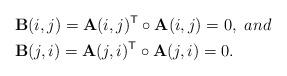
LaTeX: \begin{align*}&\mathbf{B}(i,j)=\mathbf{A}(i,j)^{\mathsf{T}}\circ \mathbf{A}(i,j)=0, \ and \\ &\mathbf{B}(j,i)=\mathbf{A}(j,i)^{\mathsf{T}}\circ \mathbf{A}(j,i)=0.\end{align*}